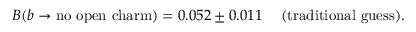
B ( b \to \mathrm { n o ~ o p e n ~ c h a r m } ) = 0 . 0 5 2 \pm 0 . 0 1 1 \; \quad \mathrm { ( t r a d i t i o n a l ~ g u e s s ) } .